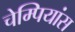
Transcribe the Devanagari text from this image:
चेम्पियांस